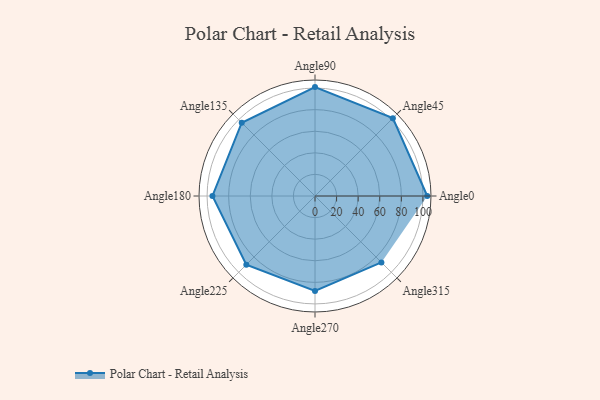
{"axis": {"x": "Angle", "y": "Radius"}, "legend": [""], "data": [{"x": "Angle0", "y": 104.0, "type": ""}, {"x": "Angle45", "y": 102.0, "type": ""}, {"x": "Angle90", "y": 101.0, "type": ""}, {"x": "Angle135", "y": 96.0, "type": ""}, {"x": "Angle180", "y": 95.0, "type": ""}, {"x": "Angle225", "y": 90.0, "type": ""}, {"x": "Angle270", "y": 88.0, "type": ""}, {"x": "Angle315", "y": 87.0, "type": ""}]}